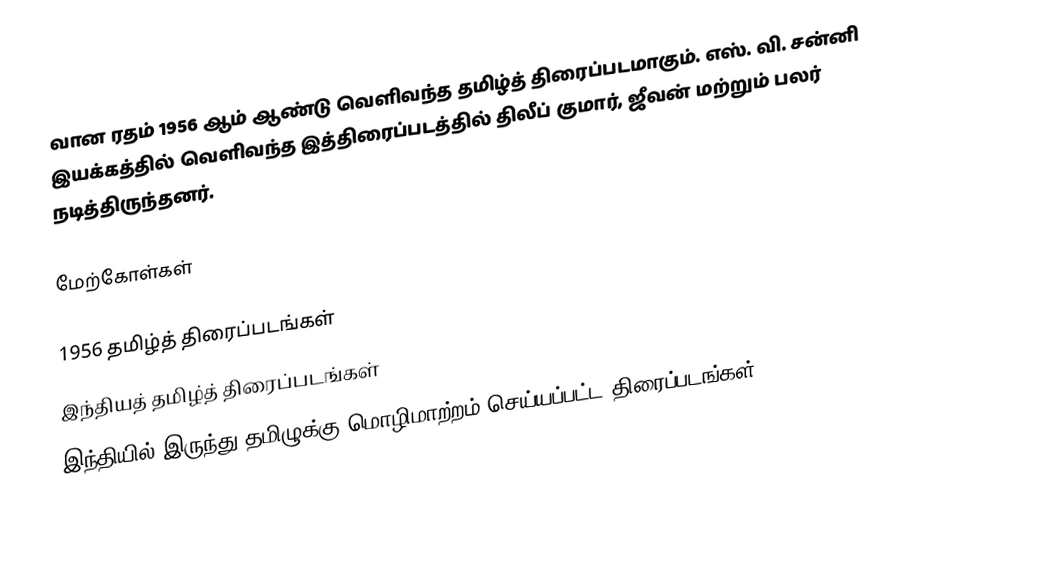
வான ரதம் 1956 ஆம் ஆண்டு வெளிவந்த தமிழ்த் திரைப்படமாகும். எஸ். வி. சன்னி இயக்கத்தில் வெளிவந்த இத்திரைப்படத்தில் திலீப் குமார், ஜீவன் மற்றும் பலர் நடித்திருந்தனர்.

மேற்கோள்கள்

1956 தமிழ்த் திரைப்படங்கள்
இந்தியத் தமிழ்த் திரைப்படங்கள்
இந்தியில் இருந்து தமிழுக்கு மொழிமாற்றம் செய்யப்பட்ட திரைப்படங்கள்